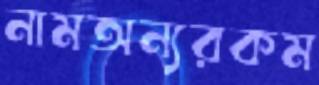
নামঅন্যরকম